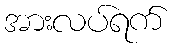
အားလပ်ရက်